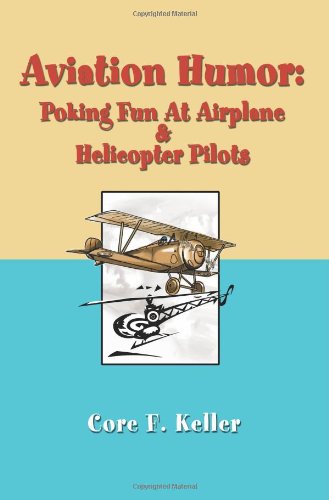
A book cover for Aviation Humor: Poking Fun At Airplane & Helicopter Pilots; Core Keller; Children's Books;